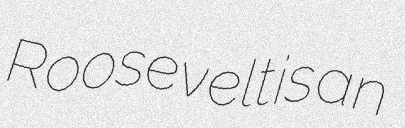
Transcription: Roosevelt is an